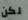
لكن